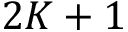
2 K + 1